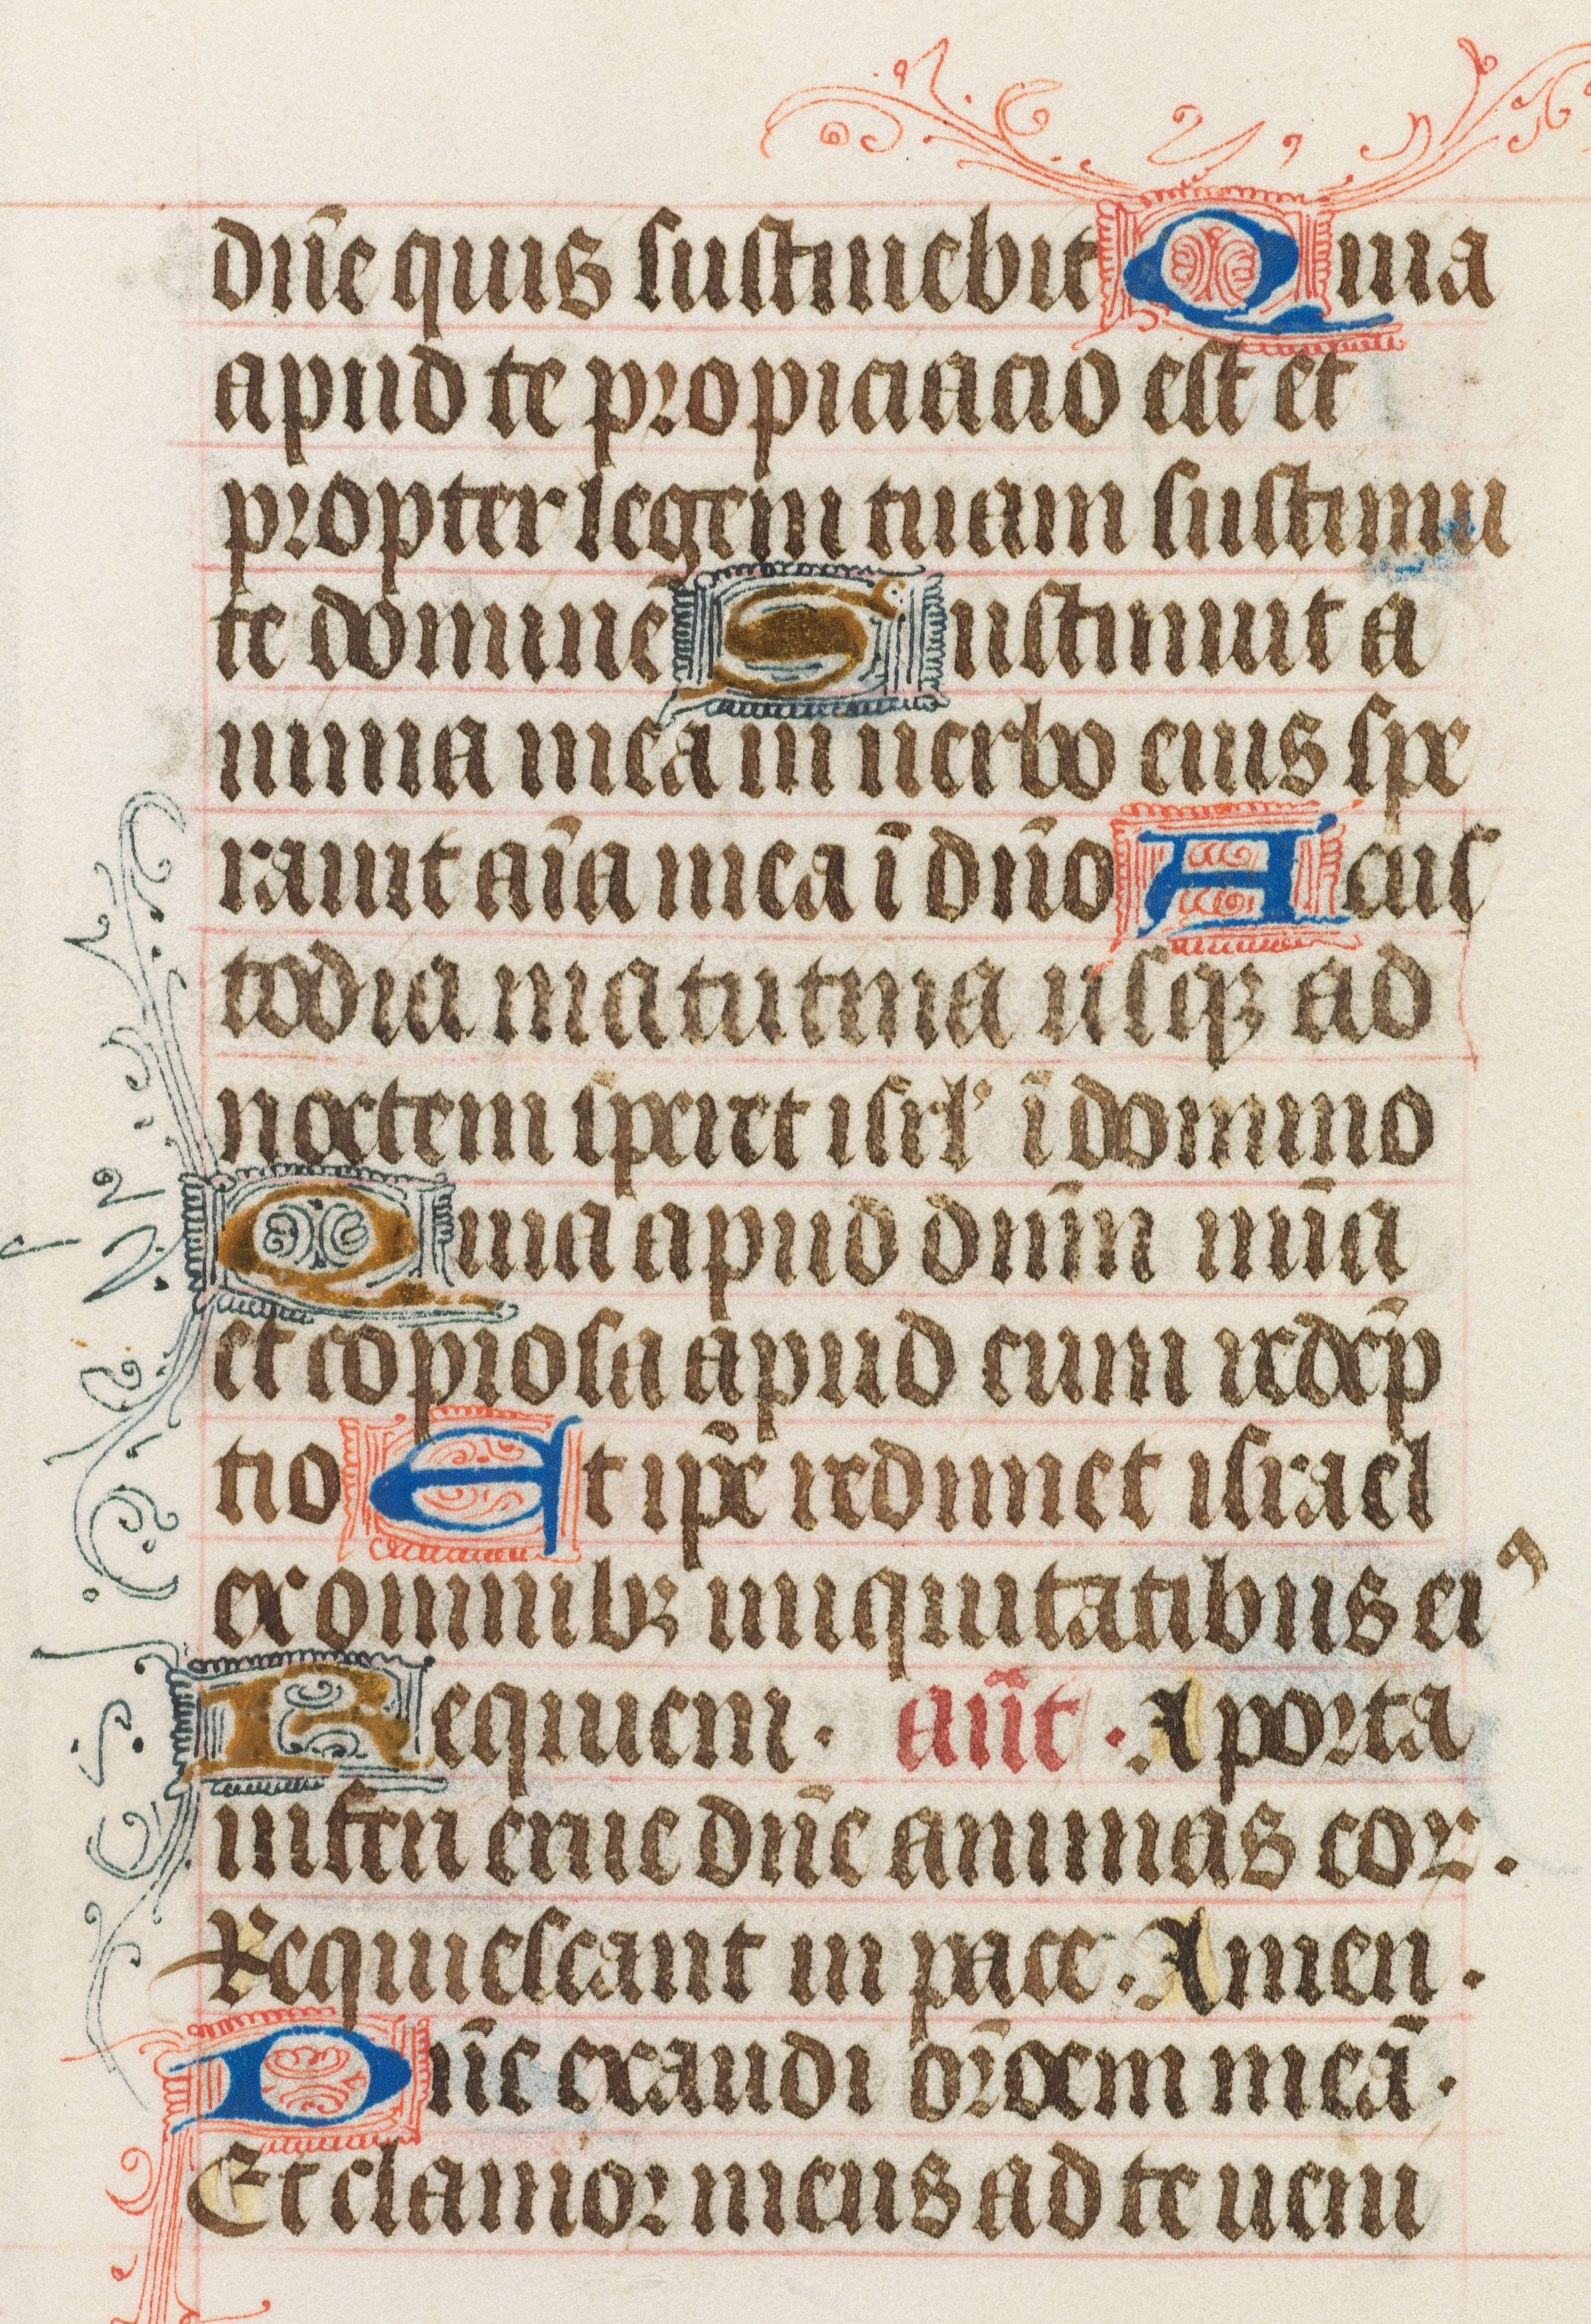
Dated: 1425–1465